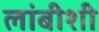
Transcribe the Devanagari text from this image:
लांबीशी